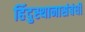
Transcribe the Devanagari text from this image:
हिंदुस्थानासंबंधी